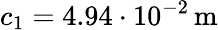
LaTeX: c_{1}=4.94\cdot 10^{-2}\, \mathrm{m}